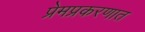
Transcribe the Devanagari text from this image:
प्रेमप्रकरणात